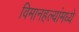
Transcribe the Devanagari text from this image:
विमानहल्यांमध्ये